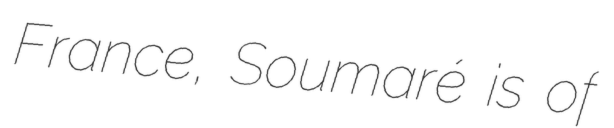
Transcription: France, Soumaré is of